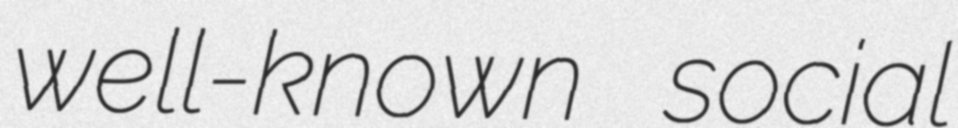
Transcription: well-known social